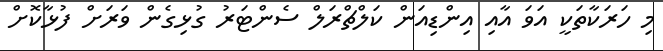
މި ހަރަކާތަކީ އަވަ އާއި އިންޑިއަން ކަލްޗްރަލް ސެންޓަރު ގުޅިގެން ވަރަށް ފުޅާކޮށް